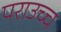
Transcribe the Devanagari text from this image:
पराउच्च